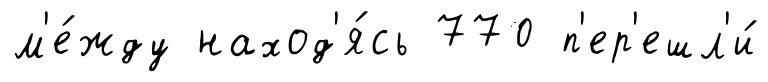
м'е́жду наход'я́сь 770 п'ер'ешл'и́